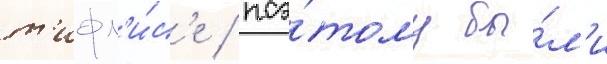
т'ифл'и́с'е / поэ́тому бы́л'и